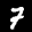
Label: 7